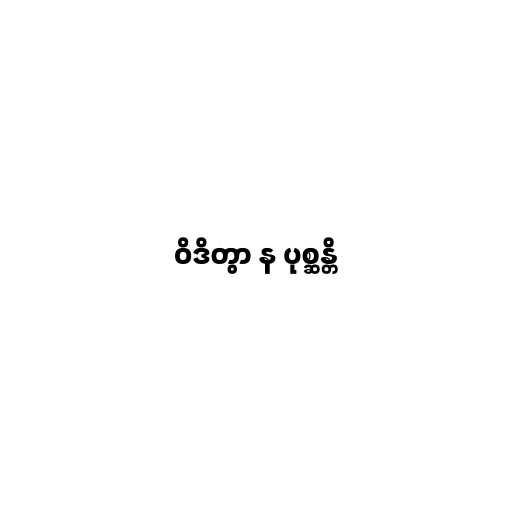
ဝိဒိတွာ န ပုစ္ဆန္တိ